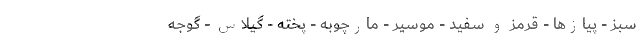
سبز - پیازها - قرمز و سفید - موسیر - مارچوبه - پخته - گیلاس - گوجه